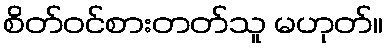
စိတ်ဝင်စားတတ်သူ မဟုတ်။